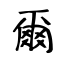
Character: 爾